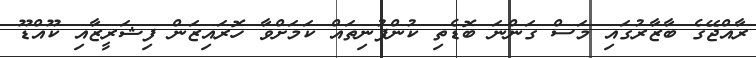
ރާއްޖޭގެ ބާޒާރުގައި މަސް ގަންނަ ބޮޑެތި ކުންފުނިތައް ކަމަށްވާ ހޮރައިޒަން ފިޝަރީޒާއި ކޫއްޑޫ